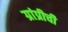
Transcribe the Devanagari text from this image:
ग्रांप्रीची